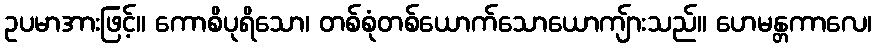
ဥပမာအားဖြင့်။ ကောစိပုရိသော၊ တစ်စုံတစ်ယောက်သောယောကျ်ားသည်။ ဟေမန္တကာလေ၊